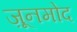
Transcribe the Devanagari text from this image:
ज़ूनमोद